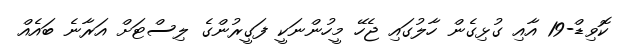
ކޮވިޑް-19 އާއި ގުޅިގެން ހާލުގައި ޖެހޭ މީހުންނަކީ ފަގީރުންގެ ލިސްޓަށް އަރާނެ ބައެއް